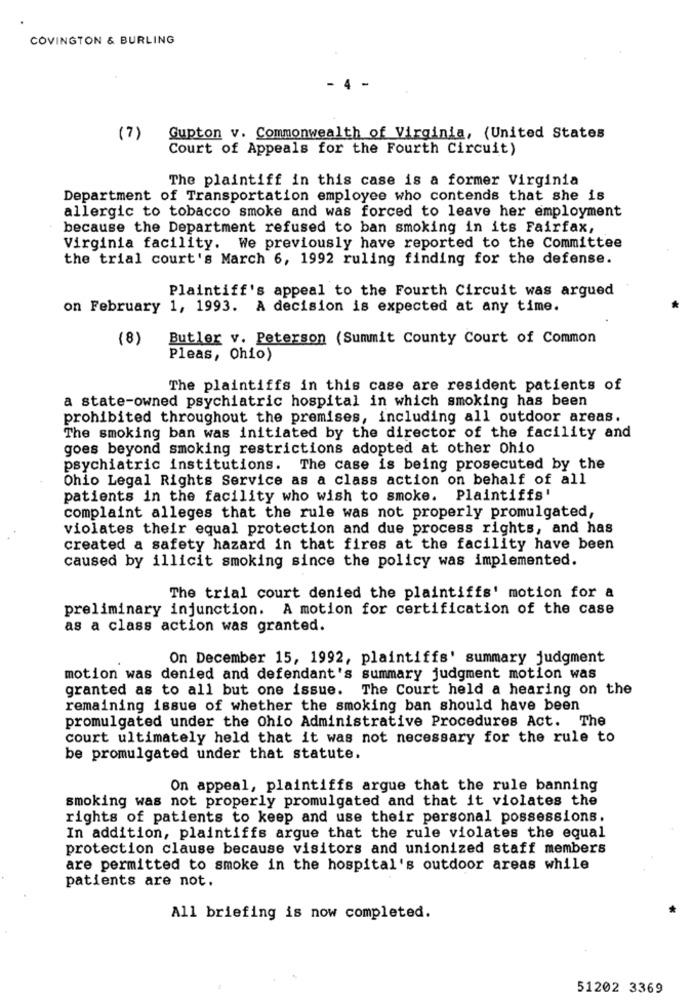
COVINGTON & BURLING
4
(7)
Gupton v. Commonwealth of Virginia, (United States
Court of Appeals for the Fourth Circuit)
The plaintiff in this case is a former Virginia
Department of Transportation employee who contends that she is
allergic to tobacco smoke and was forced to leave her employment
because the Department refused to ban smoking in its Fairfax,
Virginia facility. We previously have reported to the Committee
the trial court's March 6, 1992 ruling finding for the defense.
Plaintiff's appeal to the Fourth Circuit was argued
on February 1, 1993. A decision is expected at any time.
(8)
Butler v. Peterson (Summit County Court of Common
Pleas, Ohio)
The plaintiffs in this case are resident patients of
a state-owned psychiatric hospital in which smoking has been
prohibited throughout the premises, including all outdoor areas.
The smoking ban was initiated by the director of the facility and
goes beyond smoking restrictions adopted at other Ohio
psychiatric institutions. The case is being prosecuted by the
Ohio Legal Rights Service as a class action on behalf of all
patients in the facility who wish to smoke. Plaintiffs'
complaint alleges that the rule was not properly promulgated,
violates their equal protection and due process rights, and has
created a safety hazard in that fires at the facility have been
caused by illicit smoking since the policy was implemented.
The trial court denied the plaintiffs' motion for a
preliminary injunction. A motion for certification of the case
as a class action was granted.
On December 15, 1992, plaintiffs' summary judgment
motion was denied and defendant's summary judgment motion was
granted as to all but one issue. The Court held a hearing on the
remaining issue of whether the smoking ban should have been
promulgated under the Ohio Administrative Procedures Act. The
court ultimately held that it was not necessary for the rule to
be promulgated under that statute.
On appeal, plaintiffs argue that the rule banning
smoking was not properly promulgated and that it violates the
rights of patients to keep and use their personal possessions.
In addition, plaintiffs argue that the rule violates the equal
protection clause because visitors and unionized staff members
are permitted to smoke in the hospital's outdoor areas while
patients are not.
All briefing is now completed.
51202 3369